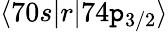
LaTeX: \langle70s|r|74\mathtt{p}_{3/2}\rangle